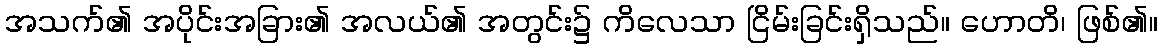
အသက်၏ အပိုင်းအခြား၏ အလယ်၏ အတွင်း၌ ကိလေသာ ငြိမ်းခြင်းရှိသည်။ ဟောတိ၊ ဖြစ်၏။